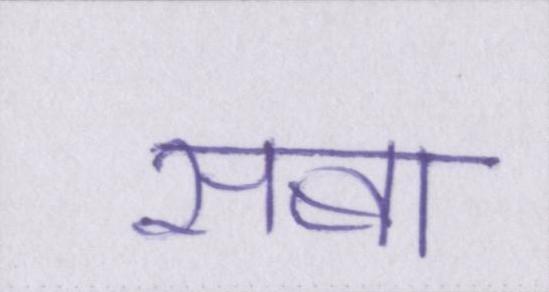
सबा